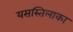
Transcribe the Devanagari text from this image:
यसस्तिलाका